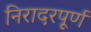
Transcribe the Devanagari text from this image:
निरादरपूर्ण